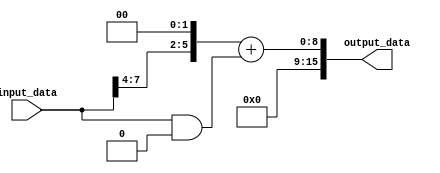
module fixed_point_converter (
    input wire [7:0] input_data,
    output reg [15:0] output_data
);

// Parameters
parameter integer_bits_input = 4;
parameter fractional_bits_input = 4;
parameter integer_bits_output = 6;
parameter fractional_bits_output = 2;

// Scaling Factors
parameter scaling_factor = 2 ** (fractional_bits_output - fractional_bits_input);

// Convert input to integer format
reg [7:0] input_int;
assign input_int = input_data >> fractional_bits_input;

// Convert integer format to output format
assign output_data = (input_int << fractional_bits_output) + (input_data & {{fractional_bits_input{1'b0}}, fractional_bits_output'b0});

endmodule